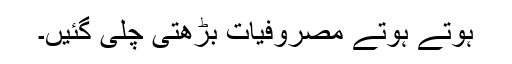
ہوتے ہوتے مصروفیات بڑھتی چلی گئیں۔